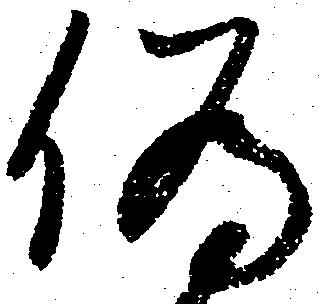
偽